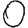
Digit: 0